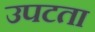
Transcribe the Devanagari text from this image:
उपटता